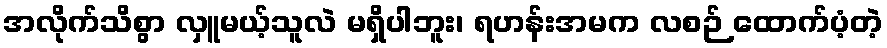
အလိုက်သိစွာ လှူမယ့်သူလဲ မရှိပါဘူး၊ ရဟန်းအမက လစဉ် ထောက်ပံ့တဲ့